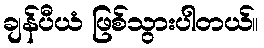
ချန်ပီယံ ဖြစ်သွားပါတယ်။